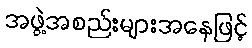
အဖွဲ့အစည်းများအနေဖြင့်